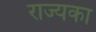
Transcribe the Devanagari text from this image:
राज्यका